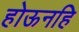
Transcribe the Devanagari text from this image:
होऊनहि